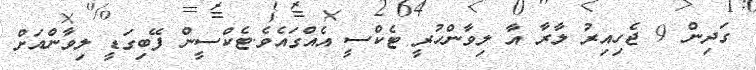
ގަދިން 9 ޖެހިއިރު ލާރާ އާ ލިވާންހުރީ ޓެކްސީ އެއްގައެވެ.ޓެކްސީން ފޭބިގަޑީ ލިވާންއަށް